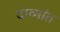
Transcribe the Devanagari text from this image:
दाव्यांत